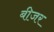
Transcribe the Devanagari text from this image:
बीजर